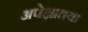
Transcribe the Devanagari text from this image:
अपेक्षातया